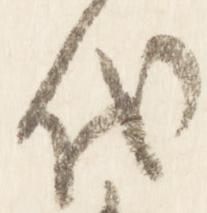
代